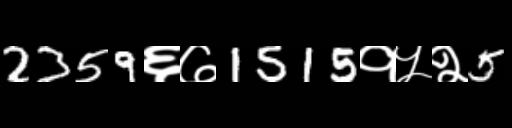
Text: 2359६७1515१५२5